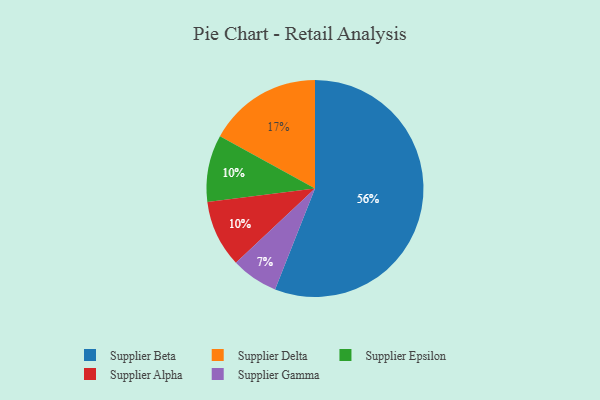
{"axis": {"x": "Category", "y": "Percentage"}, "legend": ["Supplier Alpha", "Supplier Beta", "Supplier Delta", "Supplier Epsilon", "Supplier Gamma"], "data": [{"x": "Supplier Epsilon", "y": 10, "type": "Supplier Epsilon"}, {"x": "Supplier Beta", "y": 56, "type": "Supplier Beta"}, {"x": "Supplier Delta", "y": 17, "type": "Supplier Delta"}, {"x": "Supplier Alpha", "y": 10, "type": "Supplier Alpha"}, {"x": "Supplier Gamma", "y": 7, "type": "Supplier Gamma"}]}